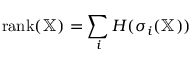
\operatorname { r a n k } ( \mathbb { X } ) = \sum _ { i } H ( \sigma _ { i } ( \mathbb { X } ) )